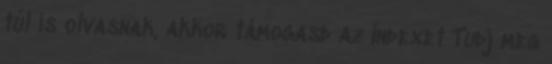
túl is olvasnak, akkor támogasd az Indexet Tudj meg